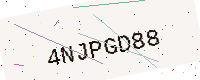
Text: 4NJPGD88